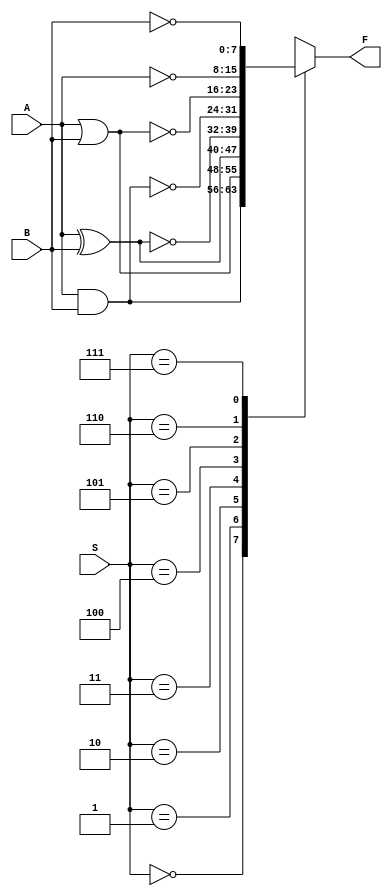
`timescale 1ns / 1ps
//////////////////////////////////////////////////////////////////////////////////
// Company: Northwestern Polytechnical University
// 
// Design Name: ALU implementation
// Module Name: logic_operator
// Project Name: ALU Design for Digital Logic and Verilog
// Target Devices: xc7a35tcsg324-1
// Tool Versions: Vivado 2018.3
// Description: 
// 
// Dependencies: 
// None.
// Revision:
// Revision 0.01 - File Created
// Additional Comments:
// 
//////////////////////////////////////////////////////////////////////////////////


module logic_operator(A,B,F,S);
    
    input [7:0] A,B;
    input [2:0] S;
    output reg [7:0] F;
    
    always @*
    begin
        case (S)
        3'b000: F=A&B;
        3'b001: F=A|B;
        3'b010: F=A^B;
        3'b011: F=~(A^B);
        3'b100: F=~(A&B);
        3'b101: F=~(A|B);
        3'b110: F=~A;
        3'b111: F=~B;
        endcase
    end
endmodule